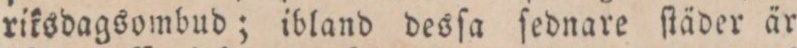
riksdagsombud; ibland desſa ſednare ſtäder är